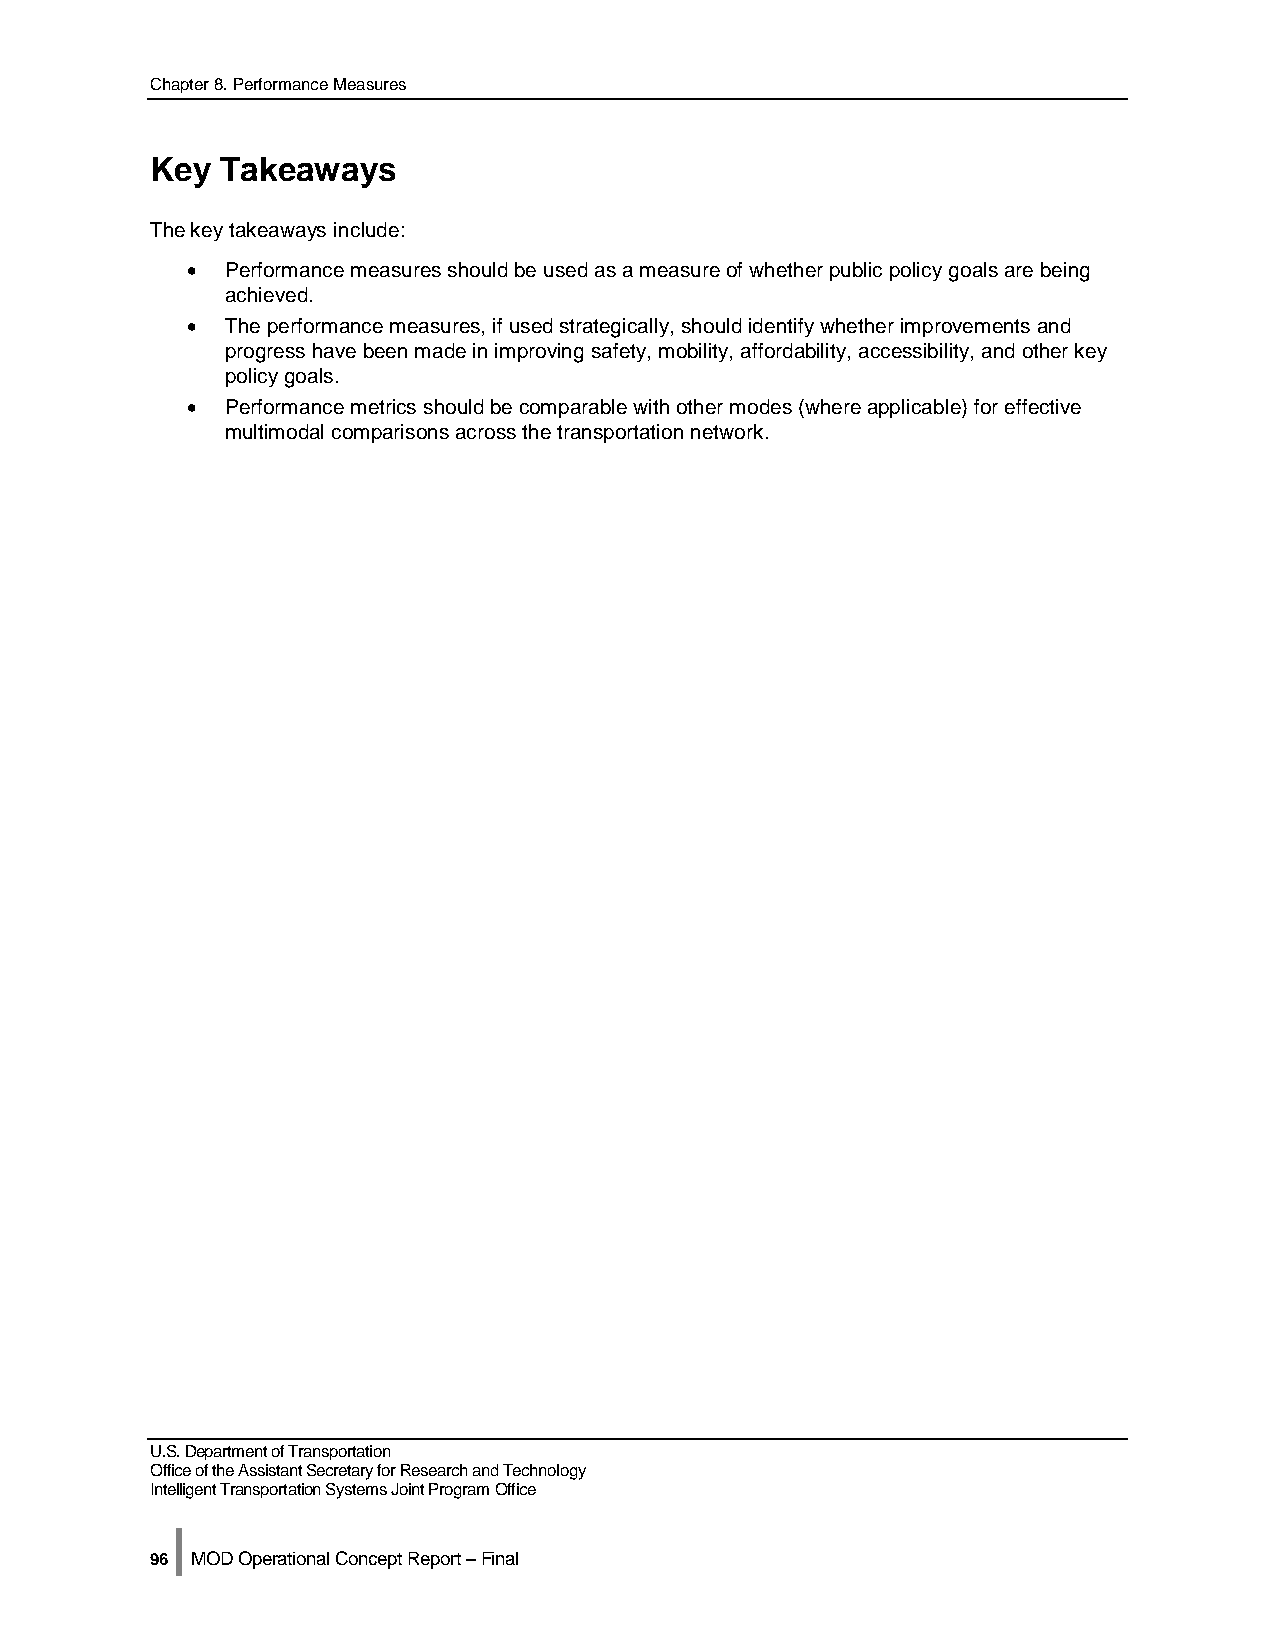
Chapter 8. Performance Measures
 Key  Takeaways
 The key takeaways include:
 •  Performance measures should be used as a measure of whether public policy goals are being
 achieved.
 •  The performance measures, if used strategically, should identify whether improvements and
 progress have been made in improving safety, mobility, affordability, accessibility, and other key
 policy goals.
 •  Performance metrics should be comparable with other modes (where applicable) for effective
 multimodal comparisons across the transportation network.
 U.S. Department of Transportation
 Office of the Assistant Secretary for Research and Technology
 Intelligent Transportation Systems Joint Program Office
 |
 96 MOD Operational Concept Report – Final